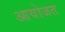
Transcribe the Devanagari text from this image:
आयोजत